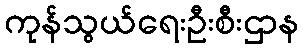
ကုန်သွယ်ရေးဦးစီးဌာန